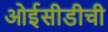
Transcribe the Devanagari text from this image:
ओईसीडीची